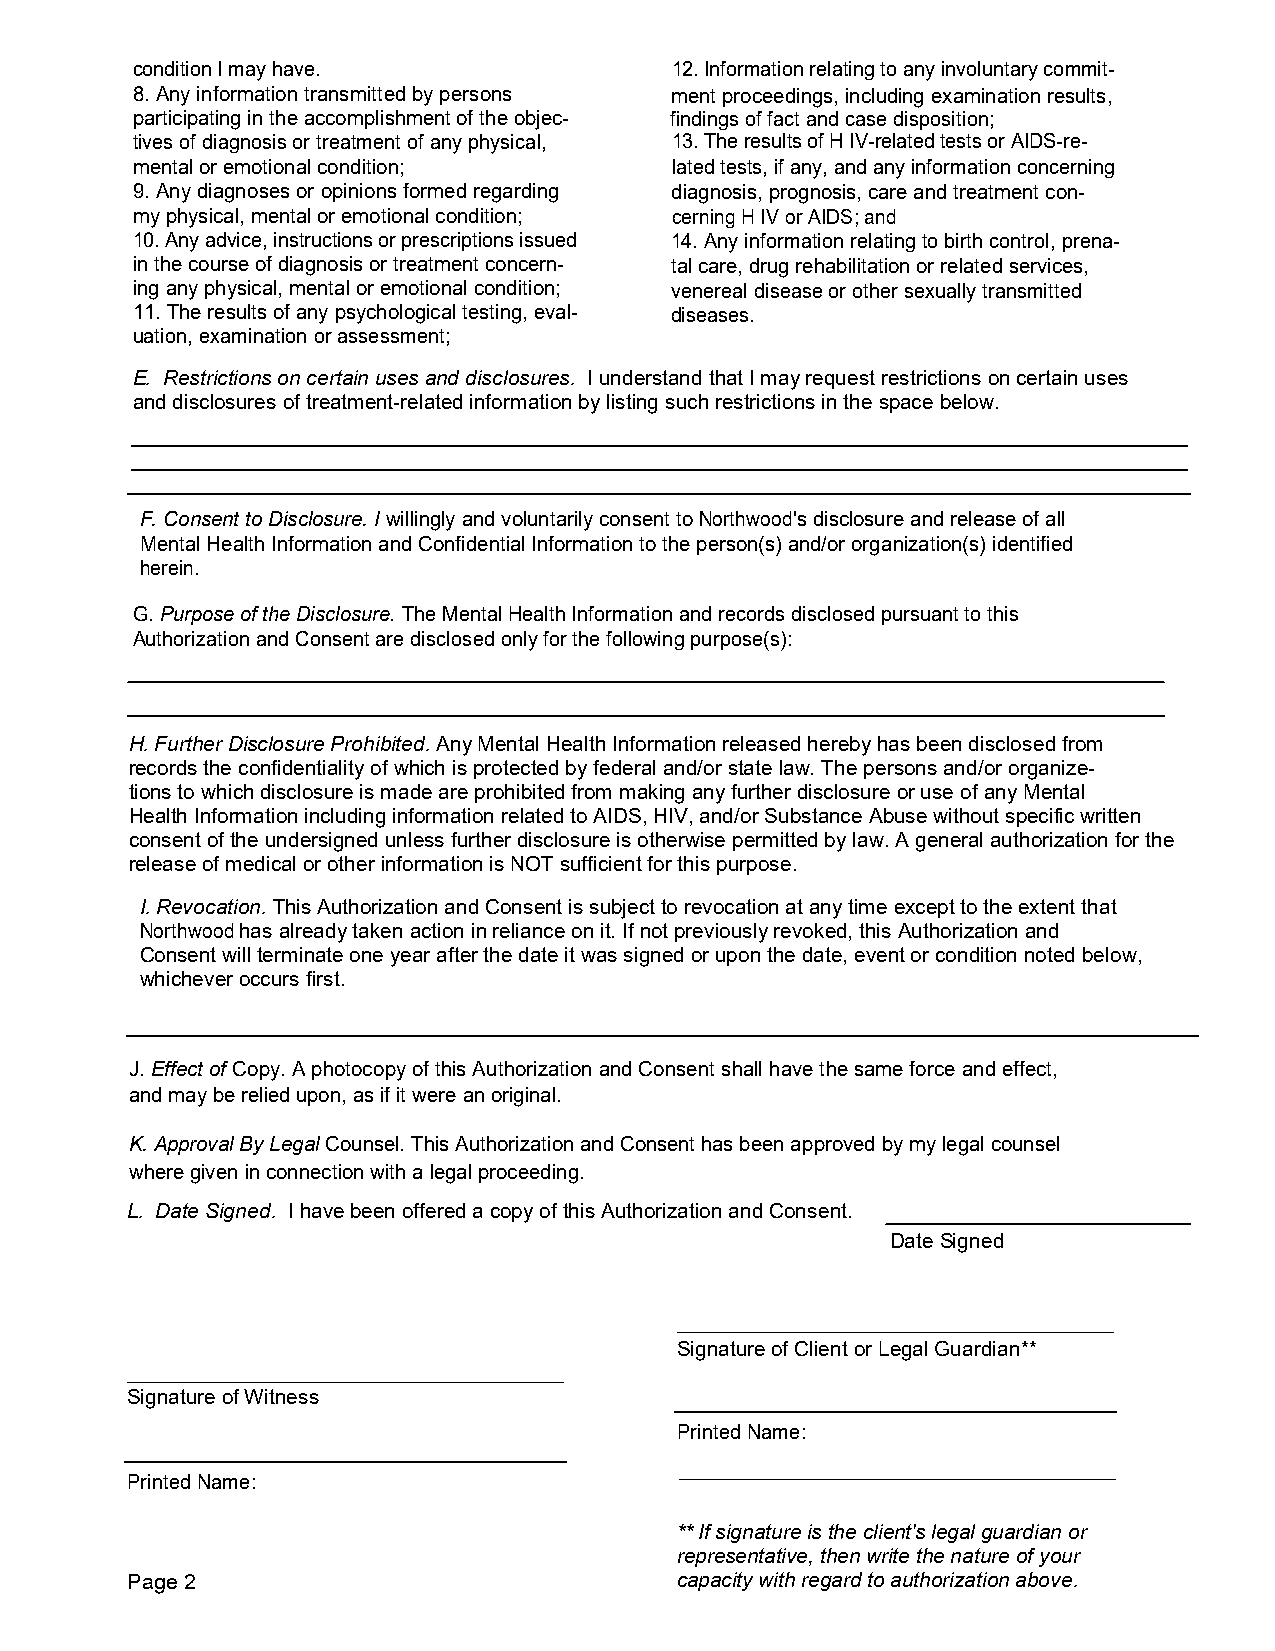
condition I may have.              12. Information relating to any involuntary commit-
 8. Any information transmitted by persons ment proceedings, including examination results,
 participating in the accomplishment of the objec- findings of fact and case disposition;
 tives of diagnosis or treatment of any physical, 13. The results of H IV-related tests or AIDS-re-
 mental or emotional condition;     lated tests, if any, and any information concerning
 9. Any diagnoses or opinions formed regarding diagnosis, prognosis, care and treatment con-
 my physical, mental or emotional condition; cerning H IV or AIDS; and
 10. Any advice, instructions or prescriptions issued 14. Any information relating to birth control, prena-
 in the course of diagnosis or treatment concern- tal care, drug rehabilitation or related services,
 ing any physical, mental or emotional condition; venereal disease or other sexually transmitted
 11. The results of any psychological testing, eval- diseases.
 uation, examination or assessment;
 E. Restrictions on certain uses and disclosures. I understand that I may request restrictions on certain uses
 and disclosures of treatment-related information by listing such restrictions in the space below.
 F. Consent to Disclosure. I willingly and voluntarily consent to Northwood's disclosure and release of all
 Mental Health Information and Confidential Information to the person(s) and/or organization(s) identified
 herein.
 G. Purpose of the Disclosure. The Mental Health Information and records disclosed pursuant to this
 Authorization and Consent are disclosed only for the following purpose(s):
 H. Further Disclosure Prohibited. Any Mental Health Information released hereby has been disclosed from
 records the confidentiality of which is protected by federal and/or state law. The persons and/or organize-
 tions to which disclosure is made are prohibited from making any further disclosure or use of any Mental
 Health Information including information related to AIDS, HIV, and/or Substance Abuse without specific written
 consent of the undersigned unless further disclosure is otherwise permitted by law. A general authorization for the
 release of medical or other information is NOT sufficient for this purpose.
 I. Revocation. This Authorization and Consent is subject to revocation at any time except to the extent that
 Northwood has already taken action in reliance on it. If not previously revoked, this Authorization and
 Consent will terminate one year after the date it was signed or upon the date, event or condition noted below,
 whichever occurs first.
 J. Effect of Copy. A photocopy of this Authorization and Consent shall have the same force and effect,
 and may be relied upon, as if it were an original.
 K. Approval By Legal Counsel. This Authorization and Consent has been approved by my legal counsel
 where given in connection with a legal proceeding.
 L. Date Signed. I have been offered a copy of this Authorization and Consent.
 Date Signed
 Signature of Client or Legal Guardian**
 Signature of Witness
 Printed Name:
 Printed Name:
 ** If signature is the client's legal guardian or
 representative, then write the nature of your
 Page 2                               capacity with regard to authorization above.